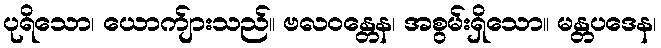
ပုရိသော၊ ယောက်ျားသည်။ ဗလဝန္တေန၊ အစွမ်းရှိသော။ မန္တပဒေန၊